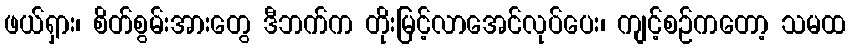
ဖယ်ရှား၊ စိတ်စွမ်းအားတွေ ဒီဘက်က တိုးမြင့်လာအေင်လုပ်ပေး၊ ကျင့်စဉ်ကတော့ သမထ